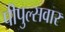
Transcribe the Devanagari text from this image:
पीपुल्सवार